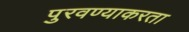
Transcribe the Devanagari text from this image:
पुरवण्याकरता